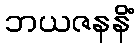
ဘယဇနနိံ